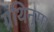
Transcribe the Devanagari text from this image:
ग्रंथिनुमा